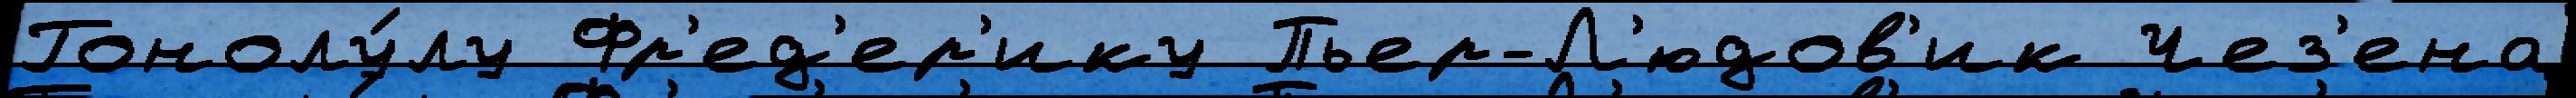
Гонолу́лу Фр'ед'ер'ику Пьер-Л'юдов'ик Чез'ена